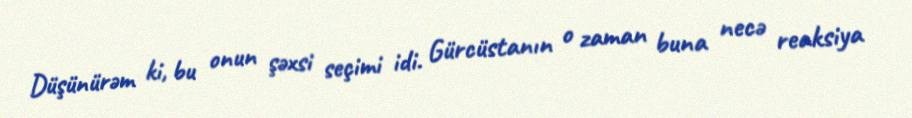
Düşünürəm ki, bu onun şəxsi seçimi idi. Gürcüstanın o zaman buna necə reaksiya